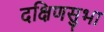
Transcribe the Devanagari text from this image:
दक्षिणसुभा